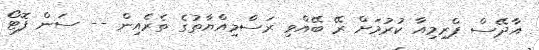
އާދޭސް ޕްރިމިއާ ކުރުމަށް ރޭ ބޭއްވި ރަސްމިއްޔާތުގެ ތެރެއިން -- ސަން ފޮޓޯ